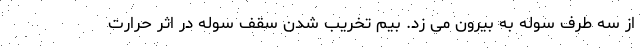
از سه طرف سوله به بیرون می زد. بیم تخریب شدن سقف سوله در اثر حرارت